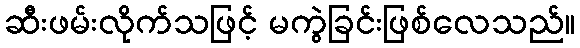
ဆီးဖမ်းလိုက်သဖြင့် မကွဲခြင်းဖြစ်လေသည်။